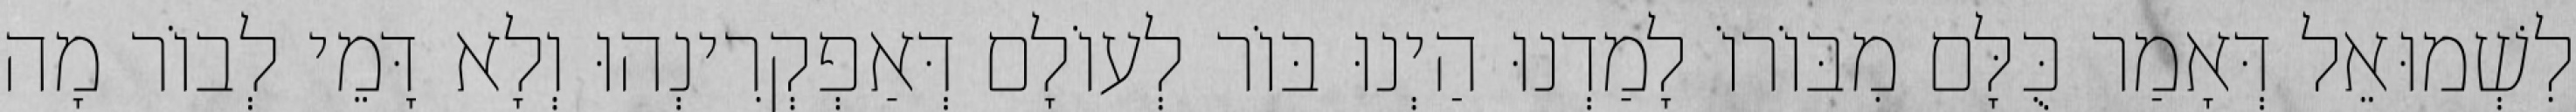
לִשְׁמוּאֵל דְּאָמַר כֻּלָּם מִבּוֹרוֹ לָמַדְנוּ הַיְנוּ בּוֹר לְעוֹלָם דְּאַפְקְרִינְהוּ וְלָא דָּמֵי לְבוֹר מָה